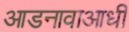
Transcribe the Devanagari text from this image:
आडनावाआधी